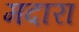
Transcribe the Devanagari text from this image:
मदारा